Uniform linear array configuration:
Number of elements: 48
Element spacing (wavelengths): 0.5
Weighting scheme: blackman
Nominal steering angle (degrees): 45
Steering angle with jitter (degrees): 44.053
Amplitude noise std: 0.05
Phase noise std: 0.05

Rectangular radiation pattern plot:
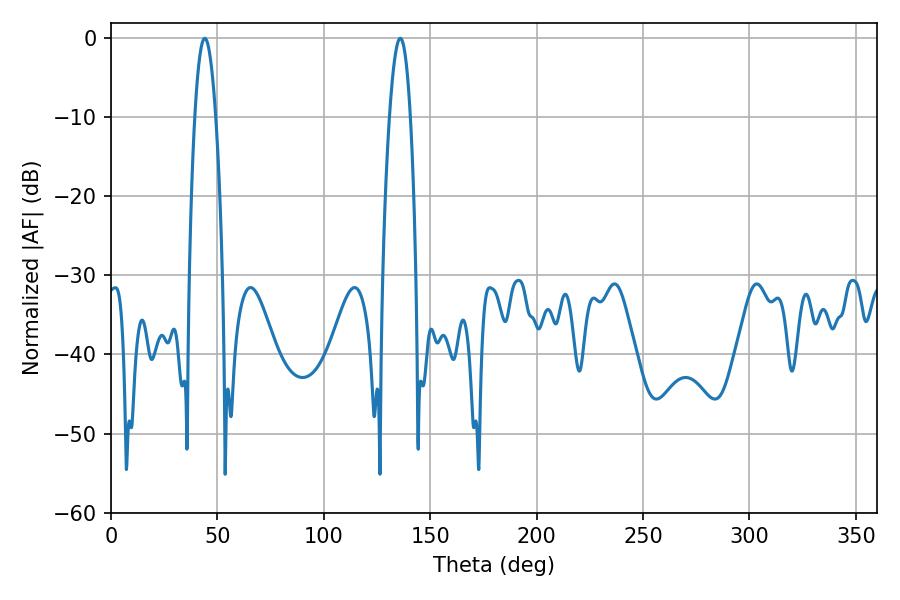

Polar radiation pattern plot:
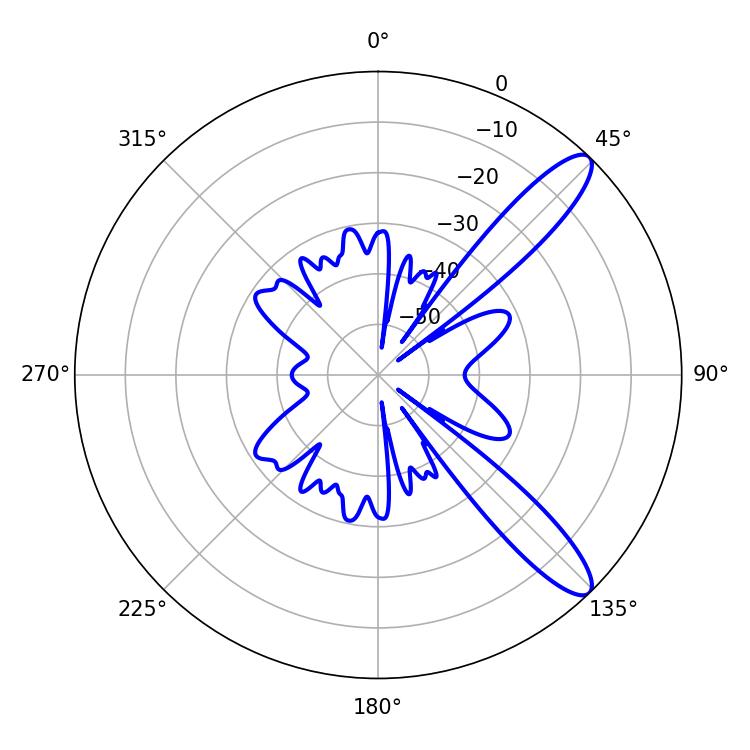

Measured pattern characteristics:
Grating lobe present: FALSE
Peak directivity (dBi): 11.498
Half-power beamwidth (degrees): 5.4
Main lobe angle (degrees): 135.9